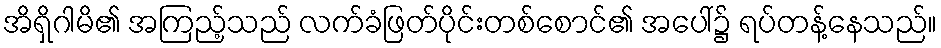
အိရှိဂါမိ၏ အကြည့်သည် လက်ခံဖြတ်ပိုင်းတစ်စောင်၏ အပေါ်၌ ရပ်တန့်နေသည်။